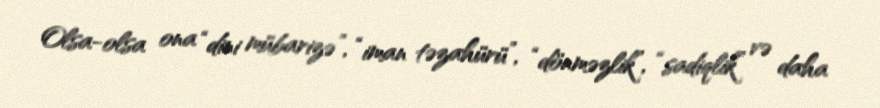
Olsa-olsa ona “dini mübarizə”, “iman təzahürü”, “dönməzlik”, “sadiqlik” və daha